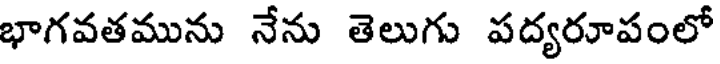
భాగవతమును నేను తెలుగు పద్యరూపంలో